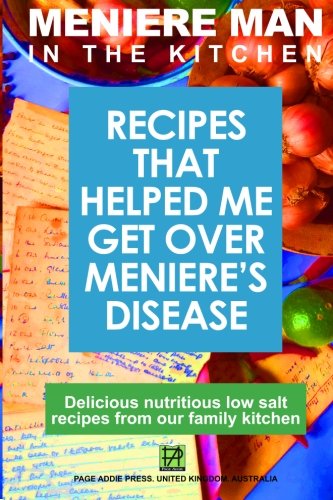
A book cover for Meniere Man In The Kitchen: Recipes That Helped Me Get Over Meniere's; Meniere Man; Cookbooks, Food & Wine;